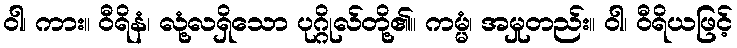
ဝါ၊ ကား။ ဝီရိနံ၊ လုံ့လရှိသော ပုဂ္ဂိုလ်တို့၏။ ကမ္မံ၊ အမှုတည်း။ ဝါ၊ ဝီရိယဖြင့်